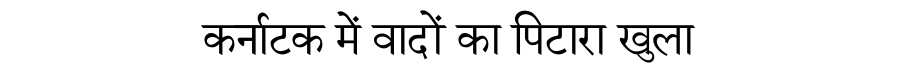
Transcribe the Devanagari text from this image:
कर्नाटक में वादों का पिटारा खुला